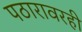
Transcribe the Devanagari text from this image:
पठारावरही